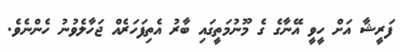
ފަރީޝާ އަށް ހީވީ އޭނާގެ ގެ މޫނުމަތީގައި ބާރު އެތިފަހަރެއް ޖަހާލެވުނު ހެންނެވެ.